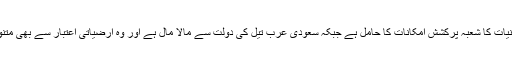
سعودی عرب میں معدنیات کا شعبہ پُرکشش امکانات کا حامل ہے جبکہ سعودی عرب تیل کی دولت سے مالا مال ہے اور وہ ارضیاتی اعتبار سے بھی متنوع وسائل کا حامل ہے۔